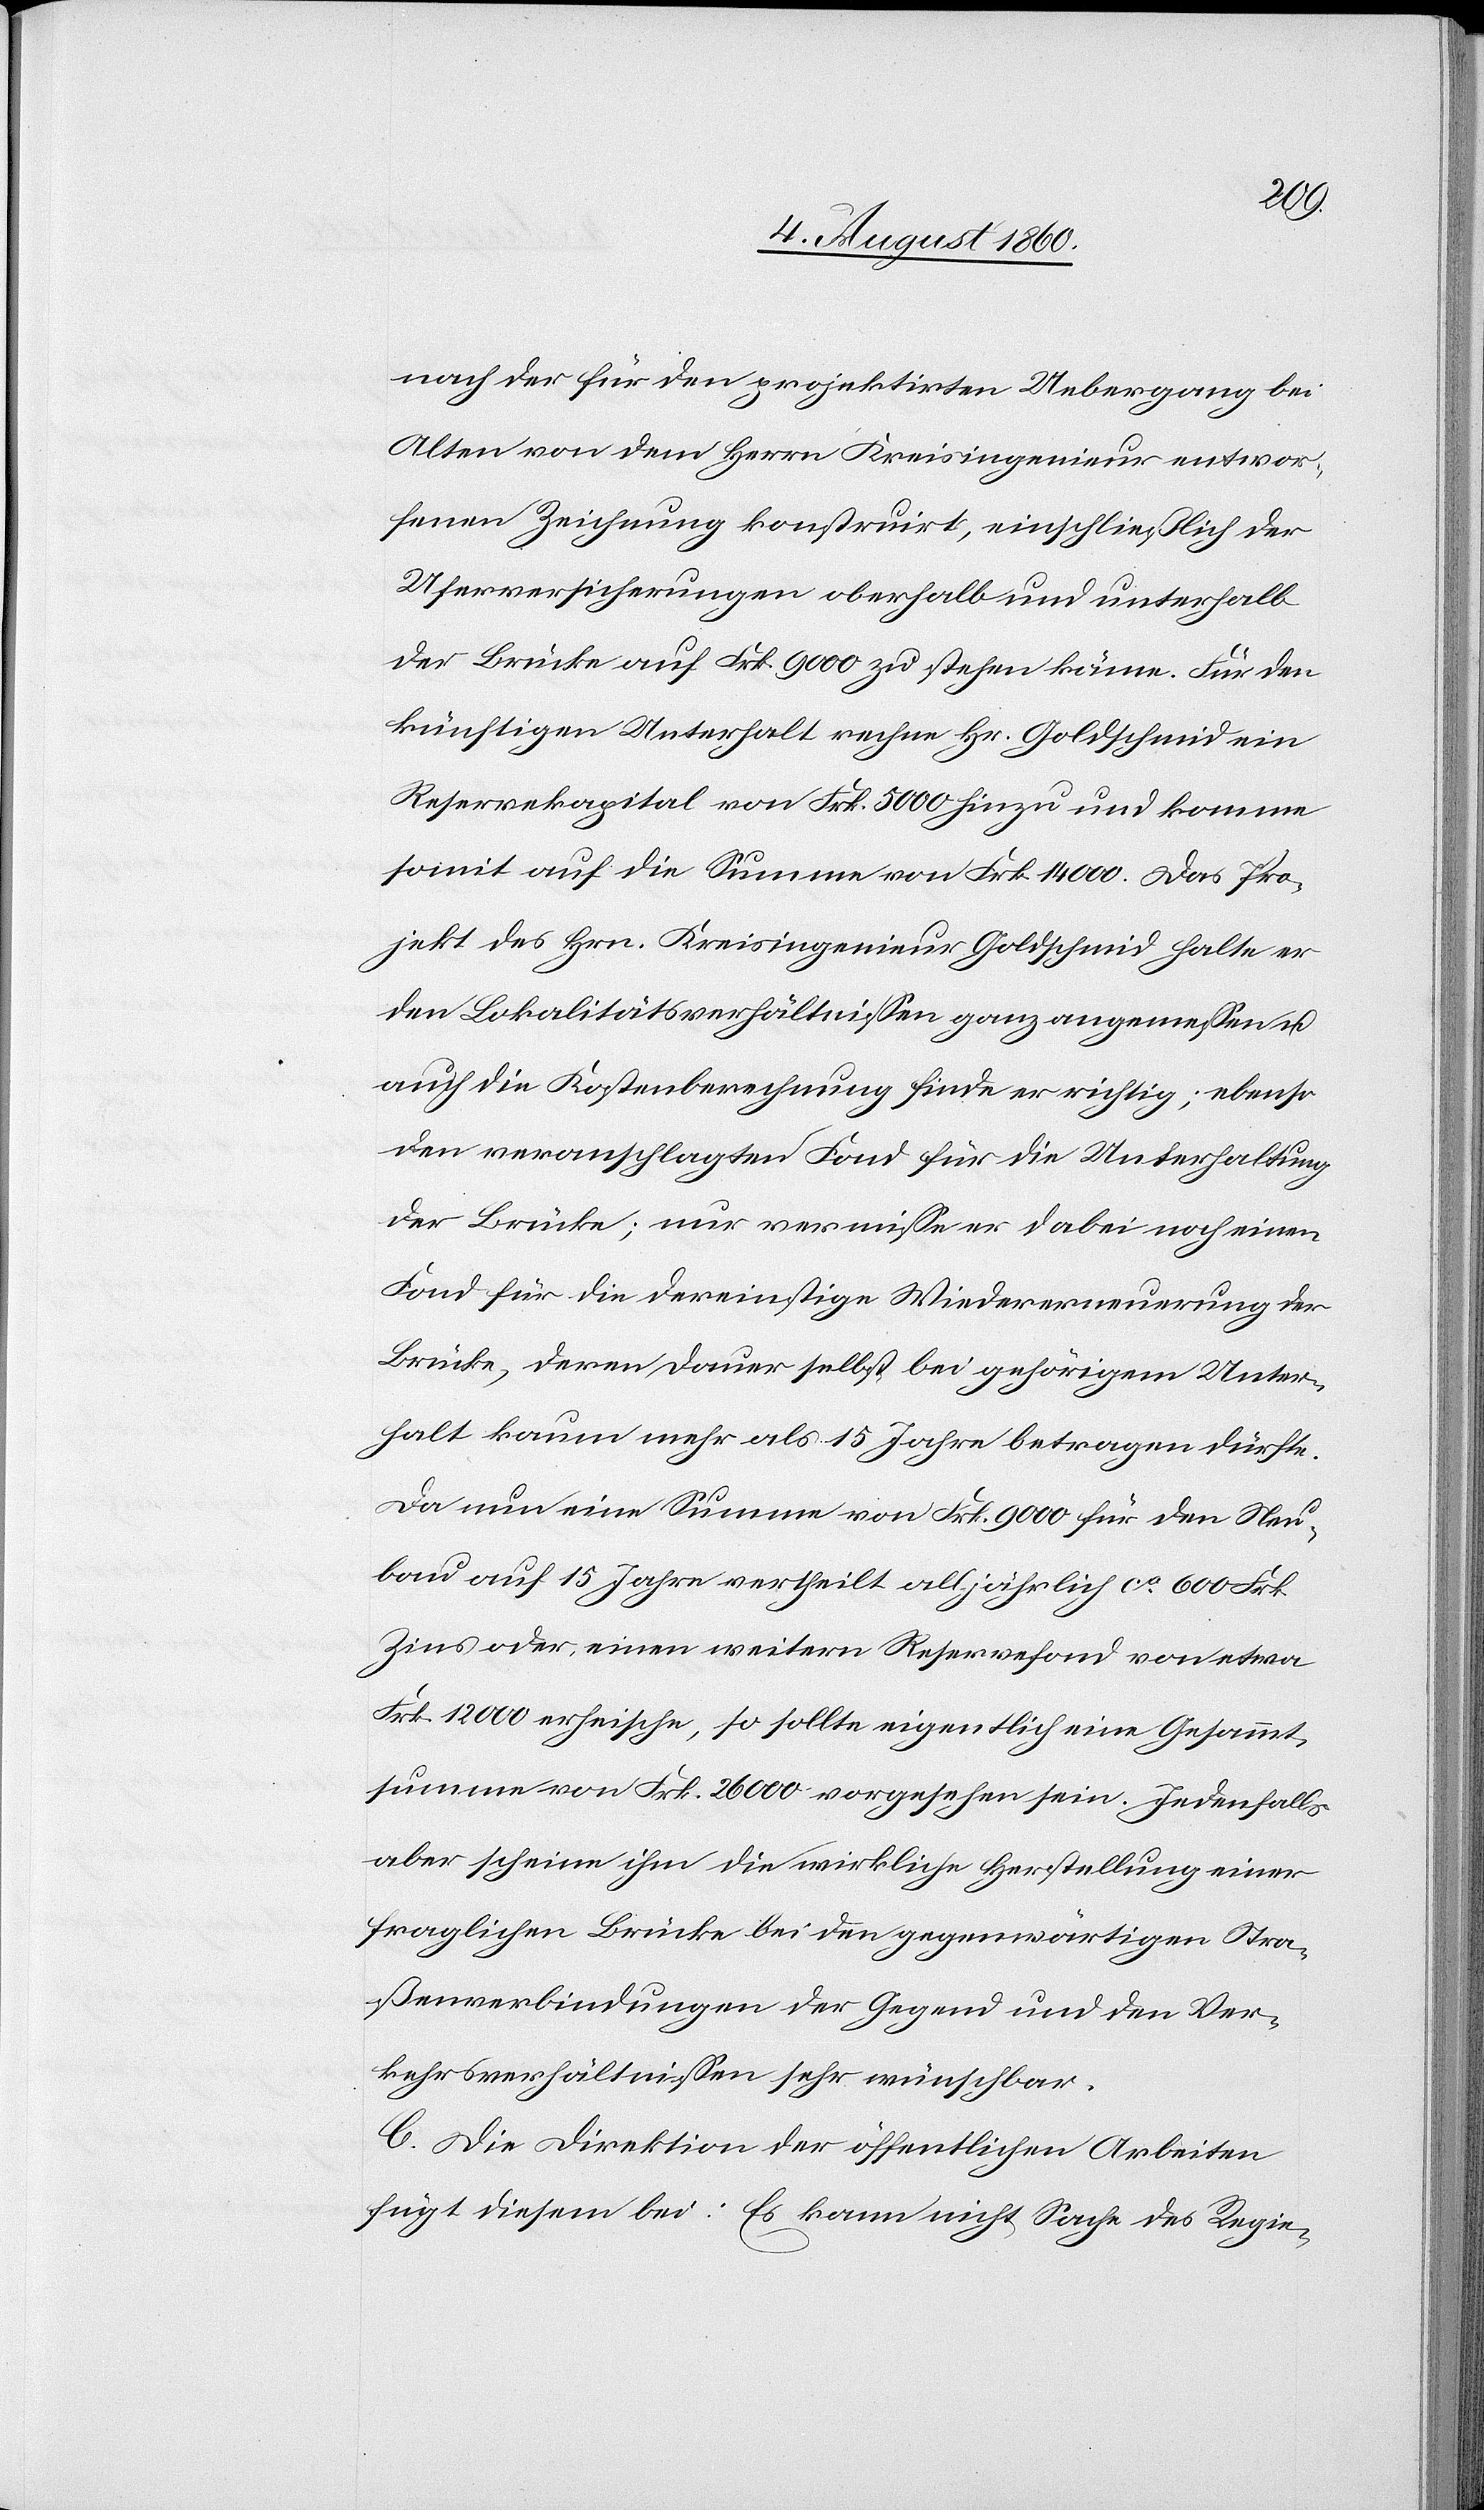
nach der für den projektirten Uebergang bei
Alten von dem Hrn. Kreisingenieur entwor¬
fenen Zeichnung konstruirt, einschliesslich der
Uferversicherungen oberhalb und unterhalb
der Brücke auf fcs. 9000 zu stehen käme. Für den
künftigen Unterhalt rechne Hr. Goldschmid ein
Reservekapital von fcs. 5000 hinzu und komme
somit auf die Summe von fcs. 14 000. Das Pro¬
jekt des Hrn. Kreisingenieur Goldschmid halte er
den Lokalitätsverhältnissen ganz angemessen und
auch die Kostenberechnung finde er richtig; ebenso
den veranschlagten Fond für die Unterhaltung
der Brücke; nur vermisse er dabei noch einen
Fond für die dereinstige Wiedererneuerung der
Brücke, deren Dauer selbst bei gehörigem Unter¬
halt kaum mehr als 15 Jahre betragen dürfte.
Da nun eine Summe von fcs. 9000 für den Neu¬
bau auf 25 Jahre ertheilt alljährlich ca 600 fcs.
Zins oder einen weitern Reservefond von etwa
fcs. 12 000 erheische, so sollte eigentlich eine Gesammt¬
summe von fcs. 26 000 vorgesehen sein. Jedenfalls
aber scheine ihm die wirkliche Herstellung einer
fraglichen Brücke bei den gegenwärtigen Stra¬
ssenverbindungen der Gegend und den Ver¬
kehrsverhältnissen sehr wünschbar.
C. Die Direktion der öffentlichen Arbeiten
fügt diesem bei: Es kann nicht Sache des Regie-